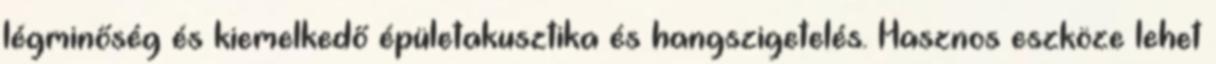
légminőség és kiemelkedő épületakusztika és hangszigetelés. Hasznos eszköze lehet